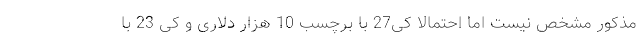
مذکور مشخص نیست اما احتمالا کی27 با برچسب 10 هزار دلاری و کی 23 با